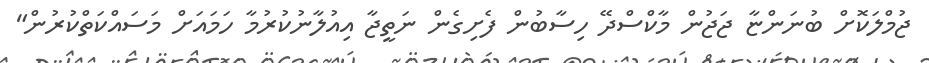
ޖުމްލަކޮށް ބުނަންޏާ ޖަޖުން މާކްސްދޭ ހިސާބުން ފެށިގެން ނަތީޖާ އިއުލާނުކުރުމާ ހަމައަށް މަސައްކަތްކުރުން"